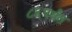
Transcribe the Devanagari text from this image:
८६पर्यंत